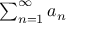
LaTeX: \textstyle \sum _ { n = 1 } ^ { \infty } a _ { n }